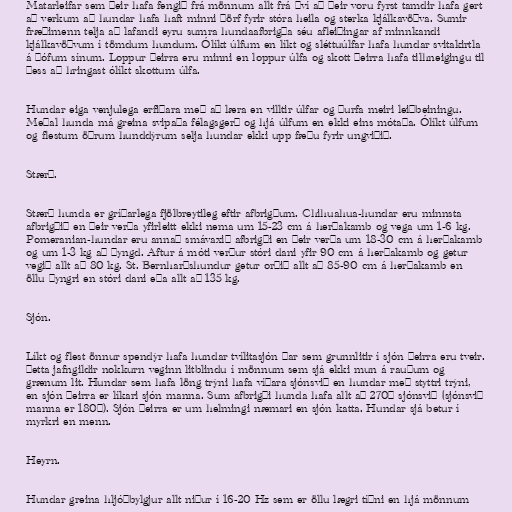
Matarleifar sem þeir hafa fengið frá mönnum allt frá því að þeir voru fyrst tamdir hafa gert
að verkum að hundar hafa haft minni þörf fyrir stóra heila og sterka kjálkavöðva. Sumir
fræðimenn telja að lafandi eyru sumra hundaafbrigða séu afleiðingar af minnkandi
kjálkavöðvum í tömdum hundum. Ólíkt úlfum en líkt og sléttuúlfar hafa hundar svitakirtla
á þófum sínum. Loppur þeirra eru minni en loppur úlfa og skott þeirra hafa tilhneigingu til
þess að hringast ólíkt skottum úlfa.

Hundar eiga venjulega erfiðara með að læra en villtir úlfar og þurfa meiri leiðbeiningu.
Meðal hunda má greina svipaða félagsgerð og hjá úlfum en ekki eins mótaða. Ólíkt úlfum
og flestum öðrum hunddýrum selja hundar ekki upp fæðu fyrir ungviðið.

Stærð.

Stærð hunda er gríðarlega fjölbreytileg eftir afbrigðum. Chihuahua-hundar eru minnsta
afbrigðið en þeir verða yfirleitt ekki nema um 15-23 cm á herðakamb og vega um 1-6 kg.
Pomeranian-hundar eru annað smávaxið afbrigði en þeir verða um 18-30 cm á herðakamb
og um 1-3 kg að þyngd. Aftur á móti verður stóri dani yfir 90 cm á herðakamb og getur
vegið allt að 80 kg. St. Bernharðshundur getur orðið allt að 85-90 cm á herðakamb en
öllu þyngri en stóri dani eða allt að 135 kg.

Sjón.

Líkt og flest önnur spendýr hafa hundar tvílitasjón þar sem grunnlitir í sjón þeirra eru tveir.
Þetta jafngildir nokkurn veginn litblindu í mönnum sem sjá ekki mun á rauðum og
grænum lit. Hundar sem hafa löng trýni hafa víðara sjónsvið en hundar með styttri trýni,
en sjón þeirra er líkari sjón manna. Sum afbrigði hunda hafa allt að 270° sjónsvið (sjónsvið
manna er 180°). Sjón þeirra er um helmingi næmari en sjón katta. Hundar sjá betur í
myrkri en menn.

Heyrn.

Hundar greina hljóðbylgjur allt niður í 16-20 Hz sem er öllu lægri tíðni en hjá mönnum